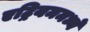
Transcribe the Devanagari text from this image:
एट्रियममध्ये